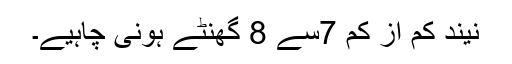
نیند کم از کم 7سے 8 گھنٹے ہونی چاہیے۔